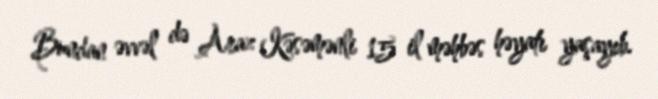
Bundan əvvəl də Araz Kəsəmənli 15 il məhbəs həyatı yaşayıb.